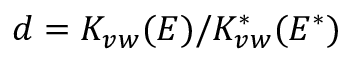
d = K _ { v w } ( E ) / K _ { v w } ^ { * } ( E ^ { * } )